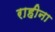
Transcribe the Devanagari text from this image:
राहीना